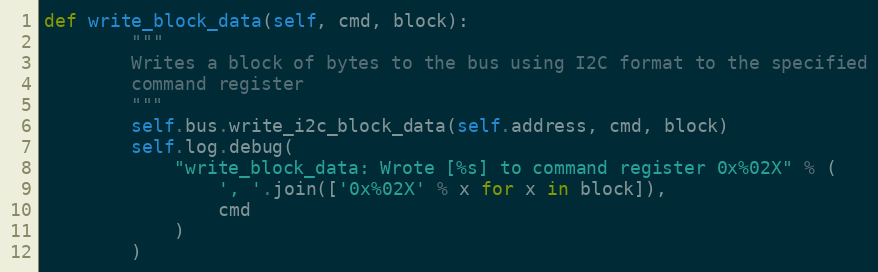
Language: Python
def write_block_data(self, cmd, block):
        """
        Writes a block of bytes to the bus using I2C format to the specified
        command register
        """
        self.bus.write_i2c_block_data(self.address, cmd, block)
        self.log.debug(
            "write_block_data: Wrote [%s] to command register 0x%02X" % (
                ', '.join(['0x%02X' % x for x in block]),
                cmd
            )
        )